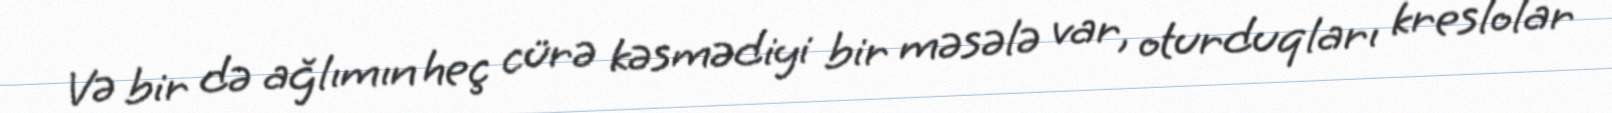
Və bir də ağlımın heç cürə kəsmədiyi bir məsələ var, oturduqları kreslolar